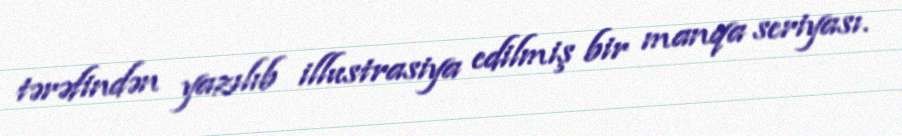
tərəfindən yazılıb illustrasiya edilmiş bir manqa seriyası.